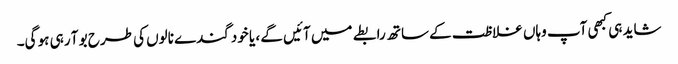
شاید ہی کبھی آپ وہاں غلاظت کے ساتھ رابطے میں آئیں گے ، یا خود گندے نالوں کی طرح بو آ رہی ہو گی۔